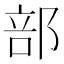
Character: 部